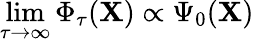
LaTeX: \operatorname*{lim}_{\tau\rightarrow\infty}\Phi_{\tau}(\mathbf{X})\propto\Psi_{0}(\mathbf{X})